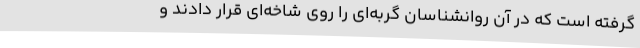
گرفته است که در آن روانشناسان گربه‌ای را روی شاخه‌ای قرار دادند و